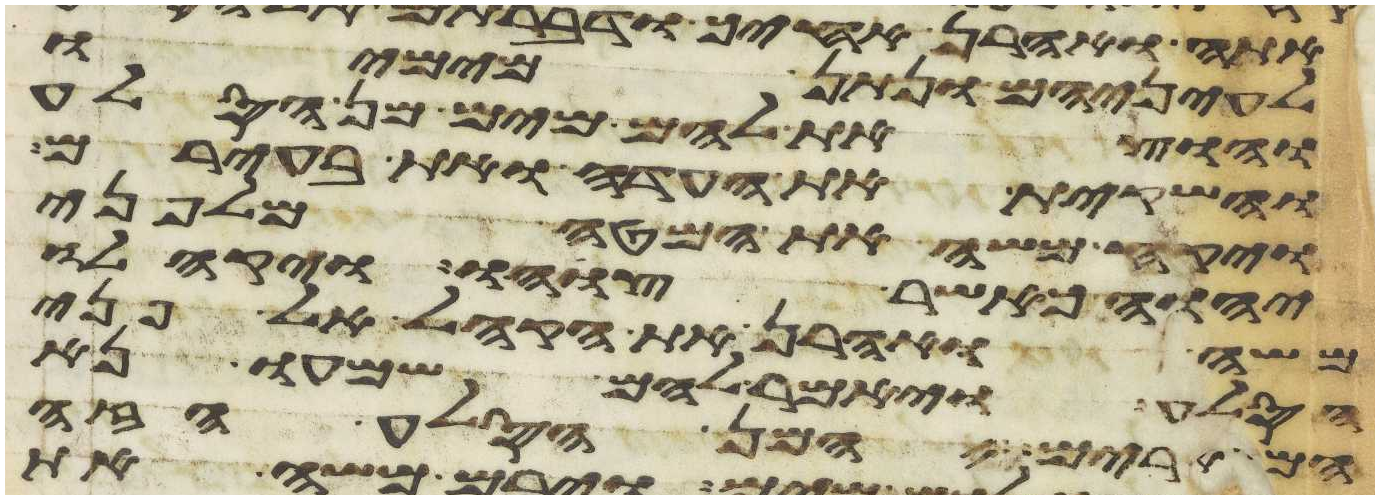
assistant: לעיניהם ונתן מימיו
והוצאת להם מים מן הסלע
והשקית את העדה ואת בעירם
ויקח משה את המטה מלפני
יהוה כאשר צוהו ויקהלו
משה ואהרן את הקהל אל פני
הסלע ויאמר להם שמעו נא
המרים המן הסלע הזה